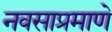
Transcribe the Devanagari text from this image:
नवसाप्रमाणे